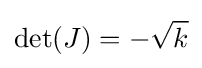
\det(J)=-{\sqrt {k}}